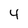
Character: 4